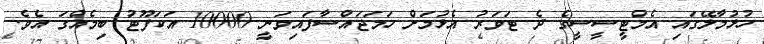
ހުޅުމާލޭގައި އެމްޓީސީސީގެ ދެ ޓަވަރު އެޅުމަށް ހަމަޖައްސާފައިވަނީ 10000 އަކަފޫޓު ބިމެއްގަ އެވެ.